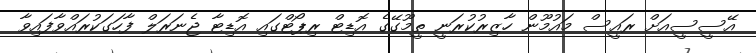
އޭސީސީއަށް ރައީސް މައުމޫން ހާޒިރުކުރަނީ ތީމޫގޭގެ އޮޑިޓް ރިޕޯޓްގައި އޮޑިޓާ ޖެނަރަލް ފާހަގަކުރައްވާފައިވާ